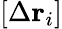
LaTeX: [\Delta\mathbf{r}_{i}]